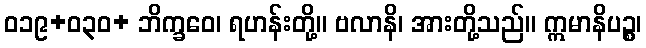
ဝ၁၉+၀၃ဝ+ ဘိက္ခဝေ၊ ရဟန်းတို့။ ဗလာနိ၊ အားတို့သည်။ ဣမာနိပဉ္စ၊